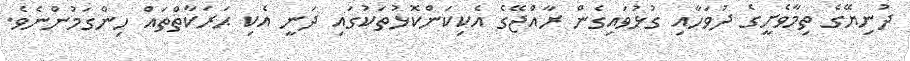
ދުނިޔޭގެ ތިމާވެށީގެ ދުވަހާއި ގުޅުވައިގެން ރާއްޖޭގެ އެކިކަންކޮޅުތަކުގައި ދަނީ އެކި ޙަރަކާތްތައް ހިންގަމުންނެވެ.